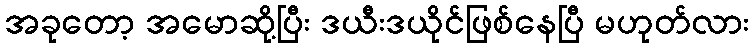
အခုတော့ အမောဆို့ပြီး ဒယီးဒယိုင်ဖြစ်နေပြီ မဟုတ်လား